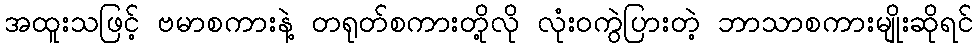
အထူးသဖြင့် ဗမာစကားနဲ့ တရုတ်စကားတို့လို လုံးဝကွဲပြားတဲ့ ဘာသာစကားမျိုးဆိုရင်